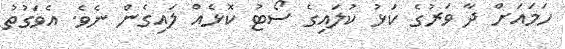
ހަމައަށް ދާ ވަރުގެ ކަޅު ކުލައިގެ ސޯޓު ކޮޅެއް ލައިގެން ނެވެ. އެވަގުތު